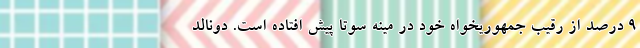
۹ درصد از رقیب جمهوریخواه خود در مینه سوتا پیش افتاده است. دونالد